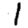
Digit: 1